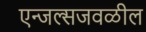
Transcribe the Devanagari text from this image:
एन्जल्सजवळील